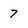
Character: 7